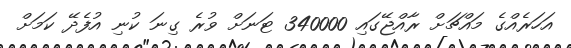
އަހަރެއްގެ މައްޗަށް ރާއްޖޭގައި 340000 ޓަނަށް ވުރެ ގިނަ ކުނި އުފެދޭ ކަމަށް